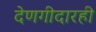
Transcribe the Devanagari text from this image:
देणगीदारही